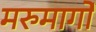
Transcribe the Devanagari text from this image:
मरुमार्गों